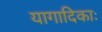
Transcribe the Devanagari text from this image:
यागादिकाः